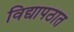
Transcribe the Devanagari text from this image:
विद्यापठात